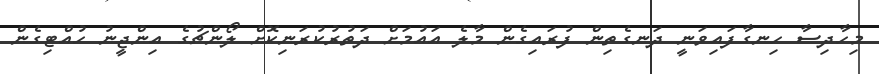
މިހާދިސާ ހިނގާފައިވަނީ ދަނގެތިން ފުރައިގެން މާލެ އައުމަށް ދަތުރުކުރަނިކޮށް ލޯންޗުގެ އިންޖީނު ހުއްޓިގެން